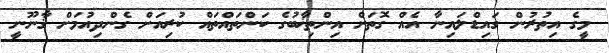
މީގެ އިތުރުން ގައިޑްލައިނާ އެއް ގޮތަށް އިންތިޚާބުގެ ކަންތައްތައް ކުރިއަށް ގެންދިއުމަށް ޤާނޫނީ